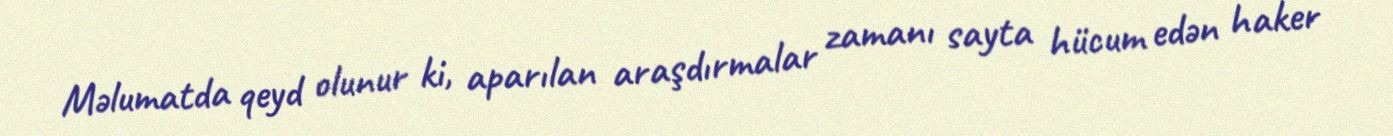
Məlumatda qeyd olunur ki, aparılan araşdırmalar zamanı sayta hücum edən haker